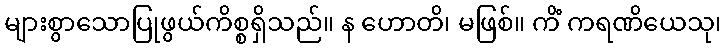
များစွာသောပြုဖွယ်ကိစ္စရှိသည်။ န ဟောတိ၊ မဖြစ်။ ကိံ ကရဏိယေသု၊